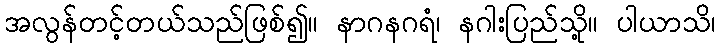
အလွန်တင့်တယ်သည်ဖြစ်၍။ နာဂနဂရံ၊ နဂါးပြည်သို့။ ပါယာသိ၊